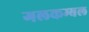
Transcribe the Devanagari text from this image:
गलकम्बल